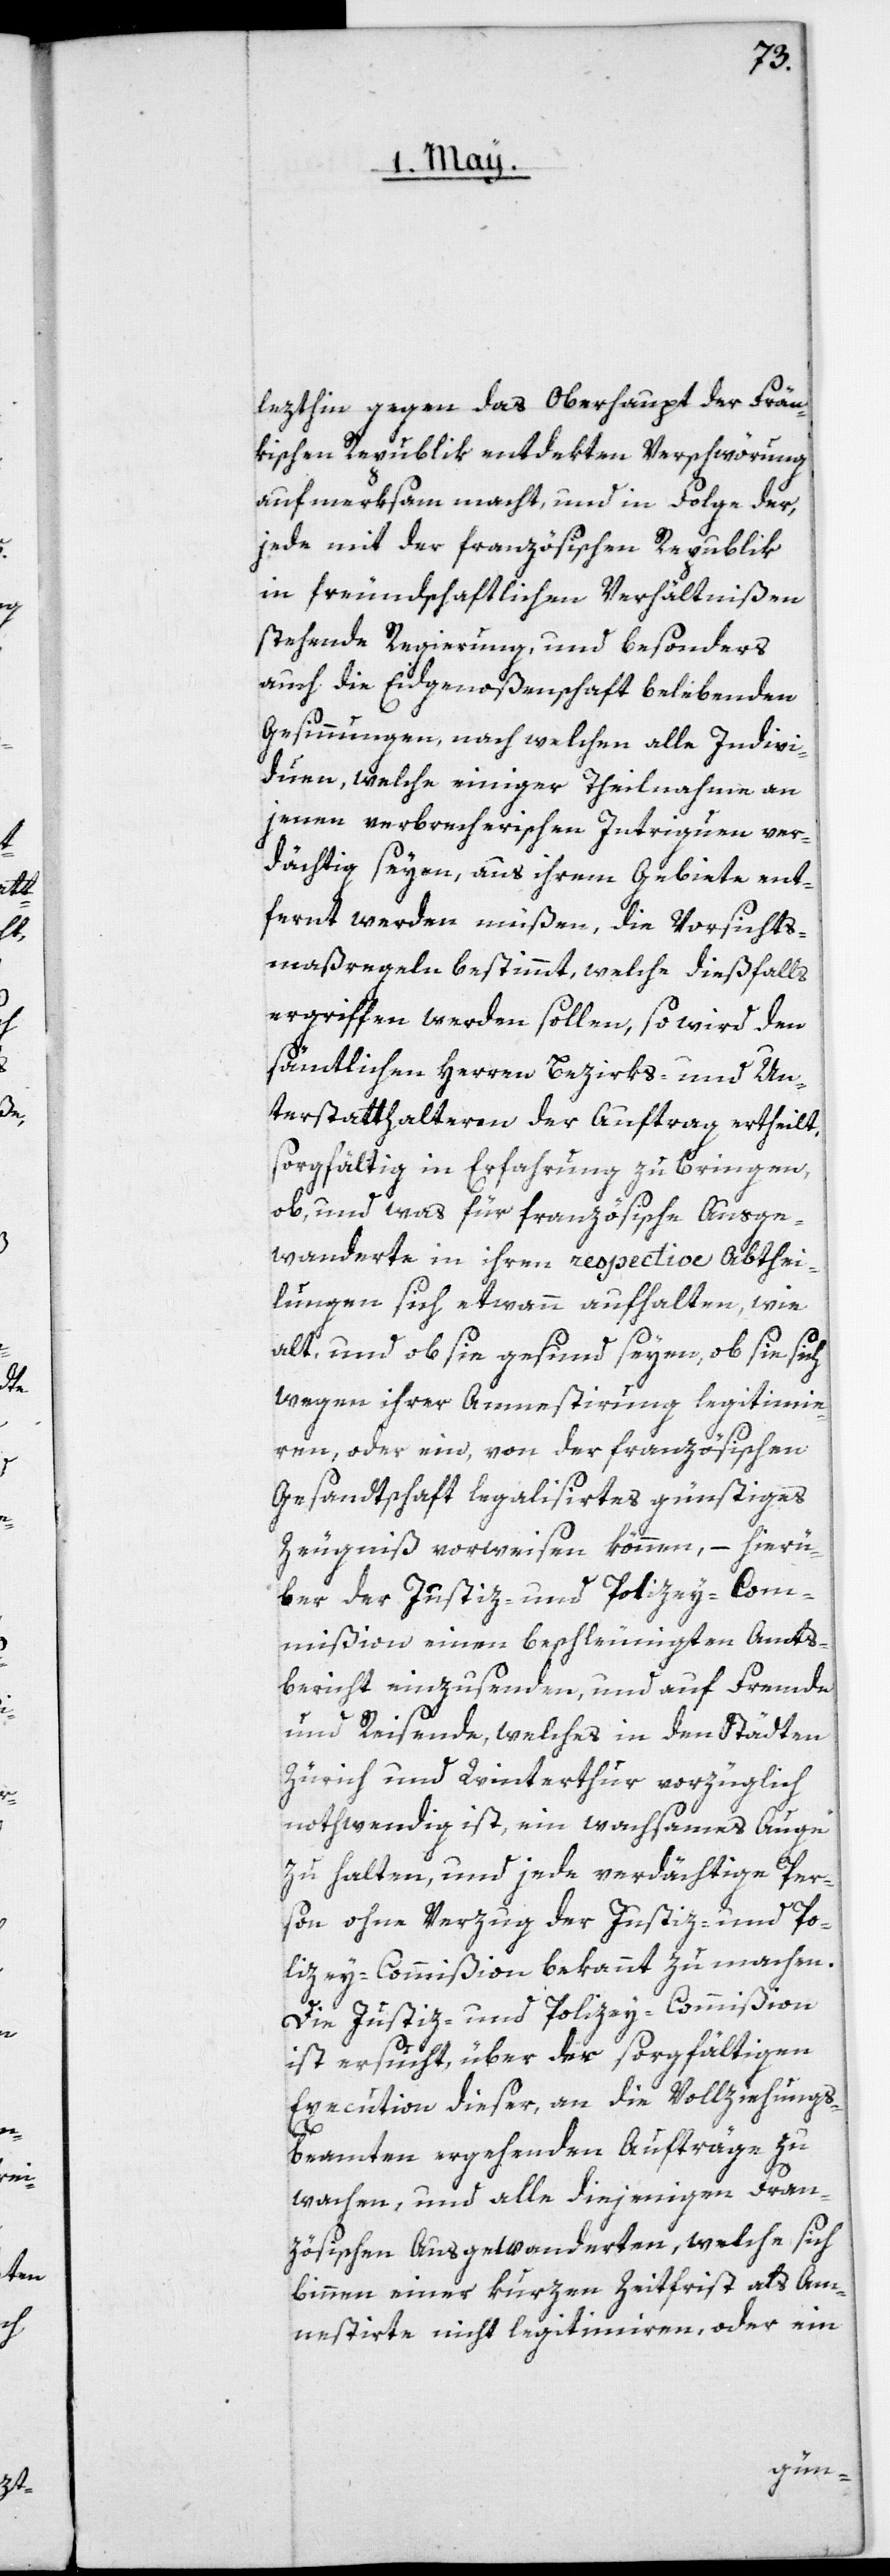
lezthin gegen das Oberhaupt der Frän¬
kischen Republik entdekten Verschwörung
aufmerksam macht, und in Folge der,
jede mit der französischen Republik
in freundschaftlichen Verhältnißen
stehende Regierung, und besonders
auch die Eidgenoßenschaft belebenden
Gesinnungen, nach welchen alle Indivi¬
duen, welche einiger Theilnahme an
jenen verbrecherischen Intriguen ver¬
dächtig seyen, aus ihrem Gebiete ent¬
fernt werden müßen, die Vorsichts¬
maßregeln bestimmt, welche dießfalls
ergriffen werden sollen, so wird den
sämtlichen Herren Bezirks- und Un¬
terstatthalteren der Auftrag ertheilt,
sorgfältig in Erfahrung zu bringen,
ob, und was für französische Ausge¬
wanderte in ihren respective Abthei¬
lungen sich etwann aufhalten, wie
alt, und ob sie gesund seyen, ob sie sich
wegen ihrer Amnestirung legitimie¬
ren, oder ein von der französischen
Gesandtschaft legalisirtes günstiges
Zeugniß vorweisen können, – hierü¬
ber der Justiz- und Polizey-Com¬
mißion einen beschleunigten Amts¬
bericht einzusenden, und auf Fremde
und Reisende, welches in den Städten
Zürich und Winterthur vorzüglich
nothwendig ist, ein wachsames Auge
zu halten, und jede verdächtige Per¬
son ohne Verzug der Justiz- und Po¬
lizey-Commißion bekannt zu machen.
Die Justiz- und Polizey-Commißion
ist ersucht, über der sorgfältigen
Execution dieser, an die Vollziehungs¬
beamten ergehenden Aufträge zu
wachen, und alle diejenigen Fran¬
zösischen Ausgewanderten, welche sich
binnen einer kurzen Zeitfrist als Am¬
nestirte nicht legitimiren oder ein